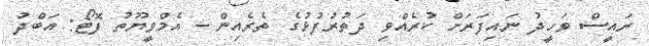
ރައީސް ވަހީދު ނައިފަރަށް ކުރެއްވި ދަތުރުފުޅުގެ ތެރެއިން - އެމްވީޔޫތު ފޮޓޯ: އަބްދު